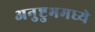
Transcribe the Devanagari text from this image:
अनुष्टुभमध्ये